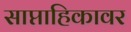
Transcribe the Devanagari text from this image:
साप्ताहिकावर